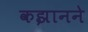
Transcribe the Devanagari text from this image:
कझानने